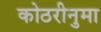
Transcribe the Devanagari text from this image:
कोठरीनुमा